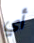
أي